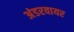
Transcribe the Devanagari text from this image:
अंडरवायर